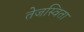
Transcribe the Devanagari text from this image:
तेजस्‍विता